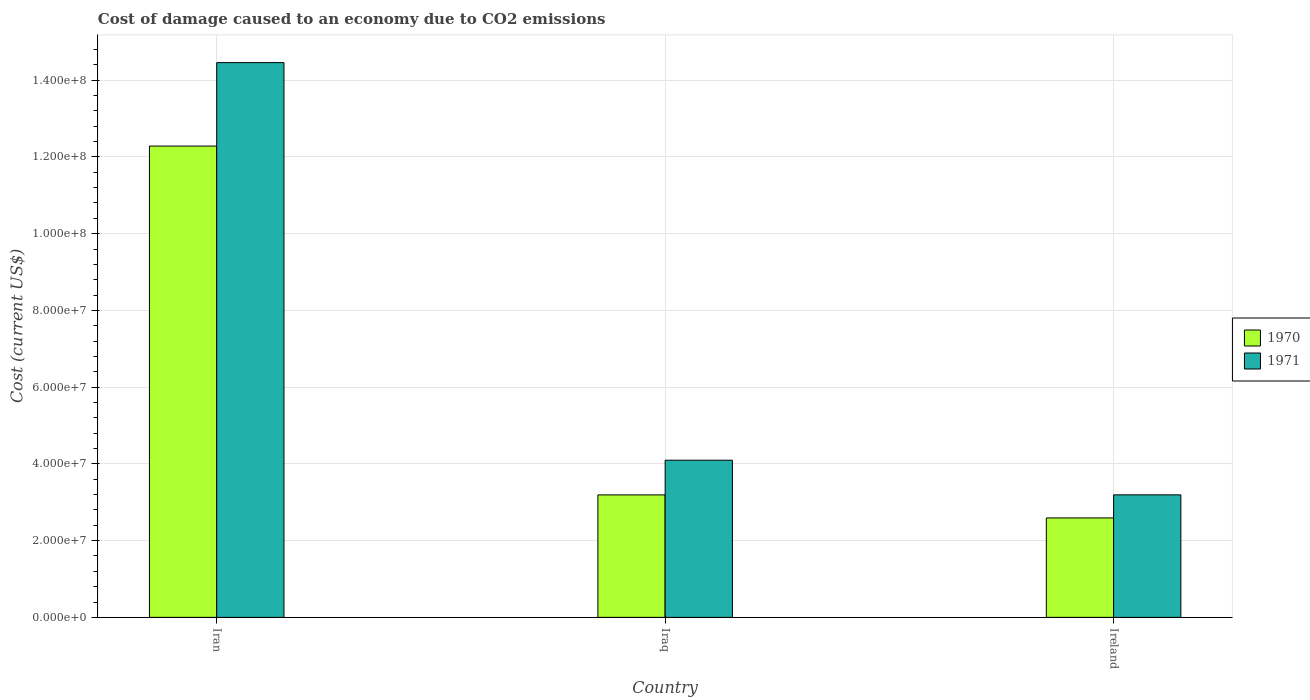
| Country | 1970 | 1971 |
 | --- | --- | --- |
 | Iran | 1.23e+08 | 1.45e+08 |
 | Iraq | 3.19e+07 | 4.1e+07 |
 | Ireland | 2.59e+07 | 3.19e+07 |